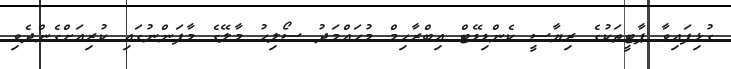
ގުޅިފައިވާ ޕާޓީތަކުގެ ރިޔާސީ ކެންޑިޑޭޓް އިބްރާހިމް މުހައްމަދު ސޯލިހު މާލޭގެ މާފަންނުގައި ކުރިއަށްގެންދެވި